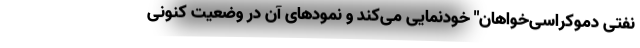
نفتی دموکراسی‌خواهان" خودنمایی می‌کند و نمودهای آن در وضعیت کنونی